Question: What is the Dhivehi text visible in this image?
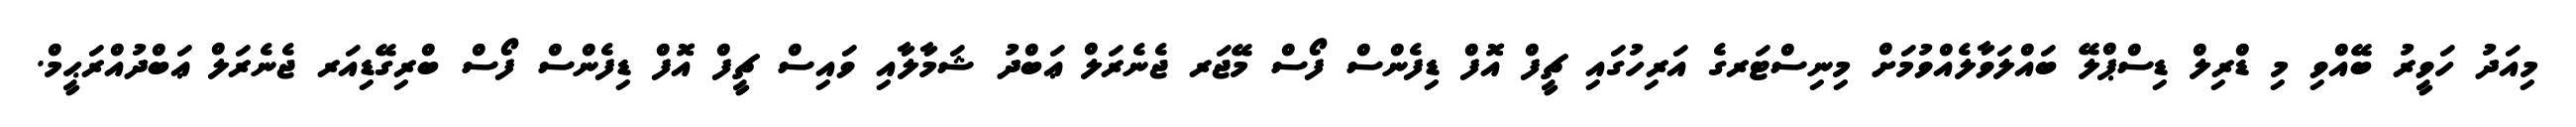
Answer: މިއަދު ހަވީރު ބޭއްވި މި ޑްރިލް ޑިސްޕްލޭ ބައްލަވާލެއްވުމަށް މިނިސްޓަރގެ އަރިހުގައި ޗީފް އޮފް ޑިފެންސް ފޯސް މޭޖަރ ޖެނެރަލް ޢަބްދު ޝަމާލާއި ވައިސް ޗީފް އޮފް ޑިފެންސް ފޯސް ބްރިގޭޑިއަރ ޖެނެރަލް ޢަބްދުއްރަޙީމް.